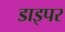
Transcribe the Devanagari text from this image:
डाइपर